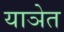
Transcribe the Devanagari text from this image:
याञेत